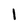
Character: I